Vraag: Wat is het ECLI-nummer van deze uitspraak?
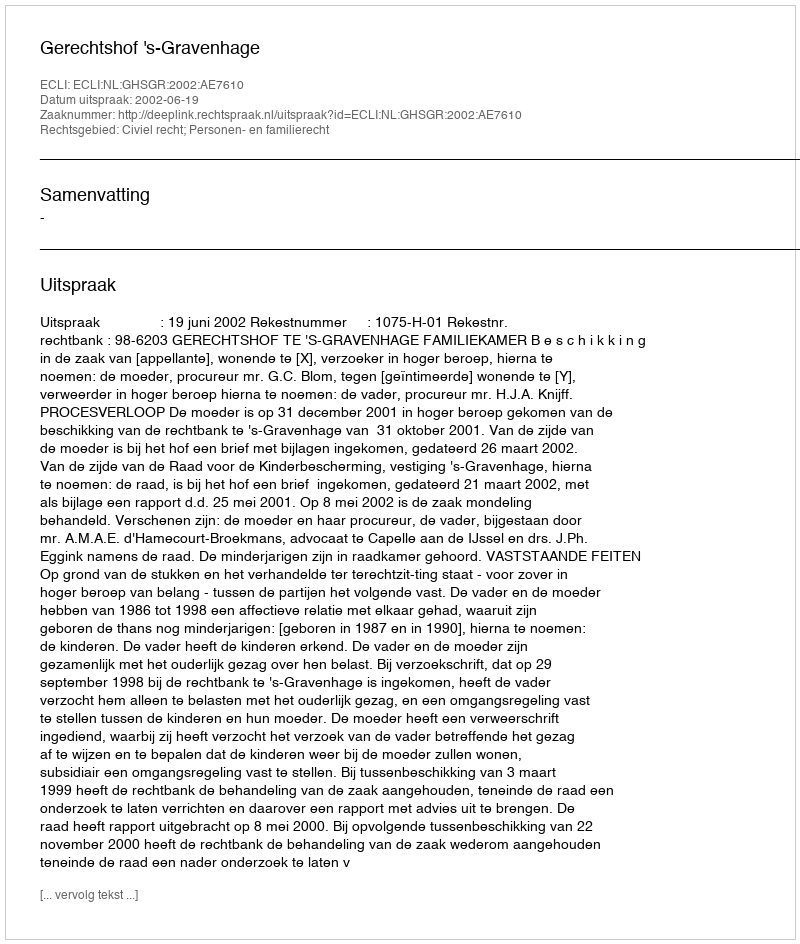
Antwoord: ECLI:NL:GHSGR:2002:AE7610